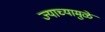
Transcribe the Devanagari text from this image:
ज्याच्यामुळे